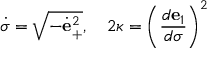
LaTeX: { \dot { \sigma } } = \sqrt { - { \dot { \bf e } } _ { + } ^ { 2 } } , \quad 2 \kappa = \left( { \frac { d { \bf e } _ { 1 } } { d \sigma } } \right) ^ { 2 }